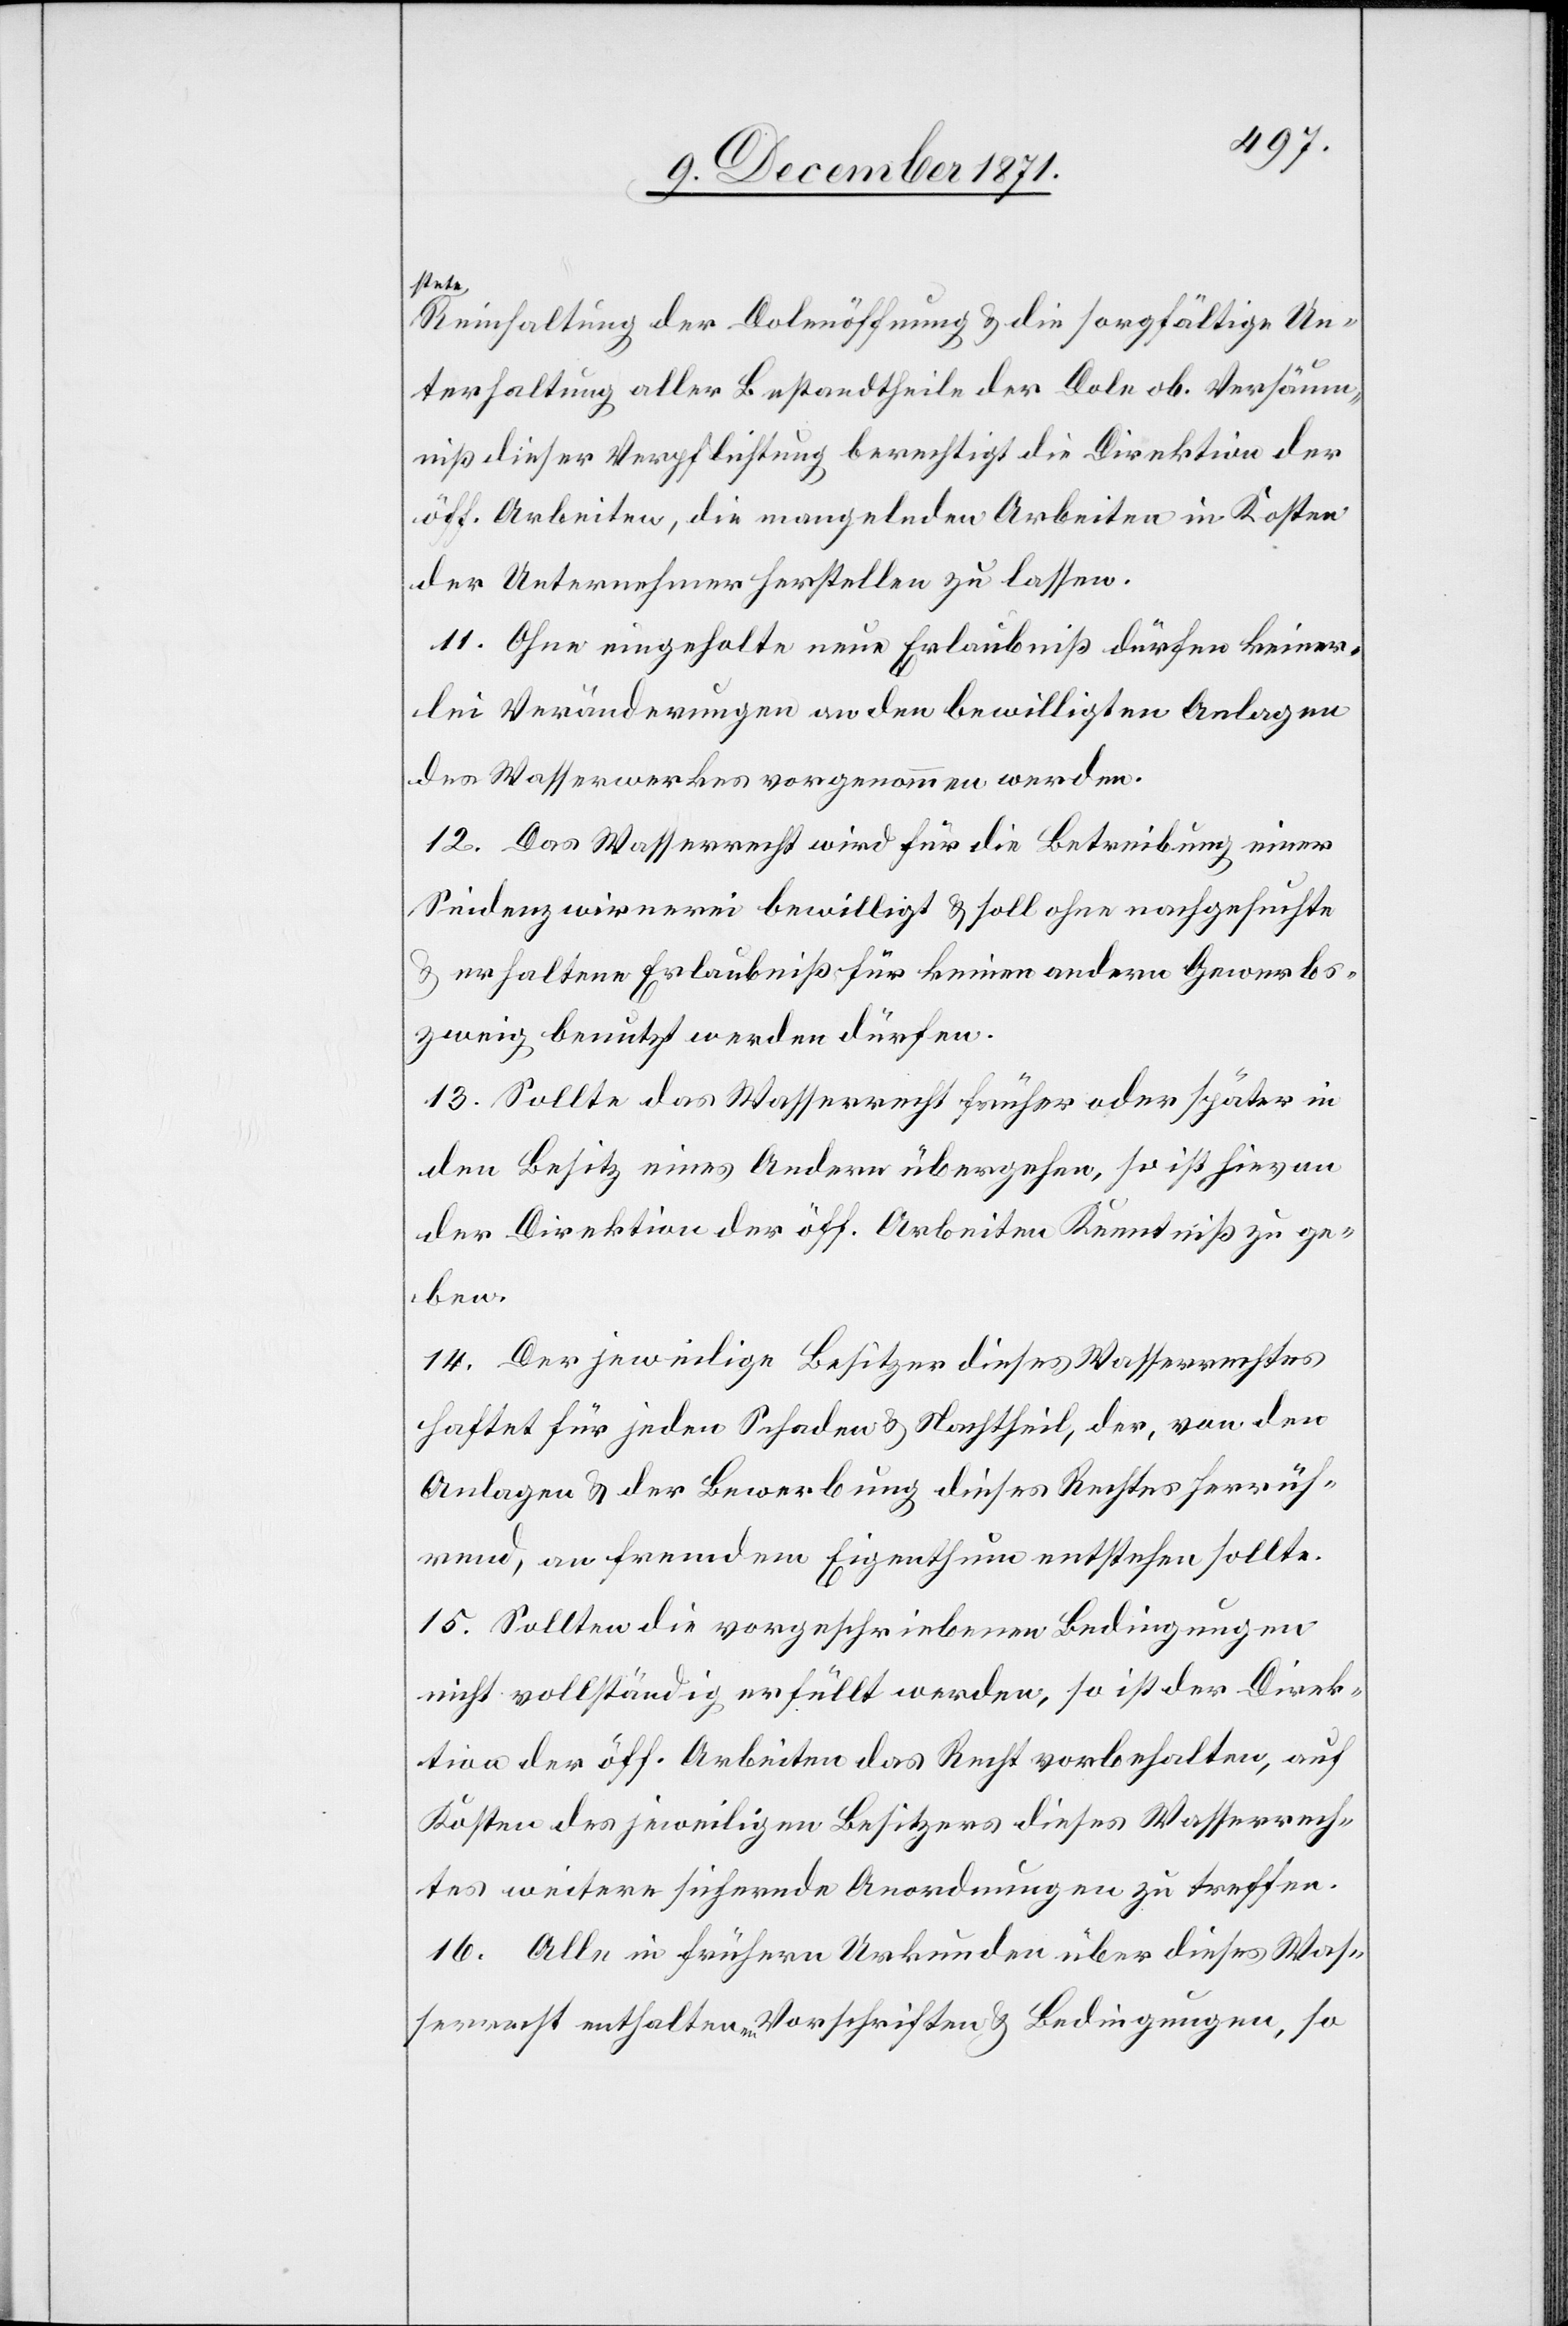
Reinhaltung der Dolenöffnung & die sorgfältige Un¬
terhaltung aller Bestandtheile der Dole ob. Versäum¬
niß dieser Verpflichtung berechtigt die Direktion der
öff. Arbeiten, die mangelnden Arbeiten in Kosten
der Unternehmer herstellen zu lassen.
11. Ohne eingeholte neue Erlaubniß dürfen keiner¬
lei Veränderungen an den bewilligten Anlagen
des Wasserwerkes vorgenommen werden.
12. Das Wasserrecht wird für die Betreibung einer
Seidenzwirnerei bewilligt & soll ohne nachgesuchte
& erhaltene Erlaubniß für keinen andern Gewerbs¬
zweig benutzt werden dürfen.
13. Sollte das Wasserrecht früher oder später i¬
n Besitz eines Andern übergehen, so ist hievon
der Direktion der öff. Arbeiten Kenntniß zu ge¬
ben.
14. Der jeweilige Besitzer dieses Wasserrechtes
haftet für jeden Schaden & Nachtheil, der, von den
Anlagen & der Bewerbung dieses Rechtes herrüh¬
rend, an fremdem Eigenthum entstehen sollte.
15. Sollten die vorgeschriebenen Bedingungen
nicht vollständig erfüllt werden, so ist der Direk¬
tion der öff. Arbeiten das Recht vorbehalten, auf
Kosten des jeweiligen Besitzers dieses Wasserrech¬
tes weitere sichernde Anordnungen zu treffen.
16. Alle in frühern Urkunden über dieses Was¬
serrecht enthaltenen Vorschriften & Bedingungen, so